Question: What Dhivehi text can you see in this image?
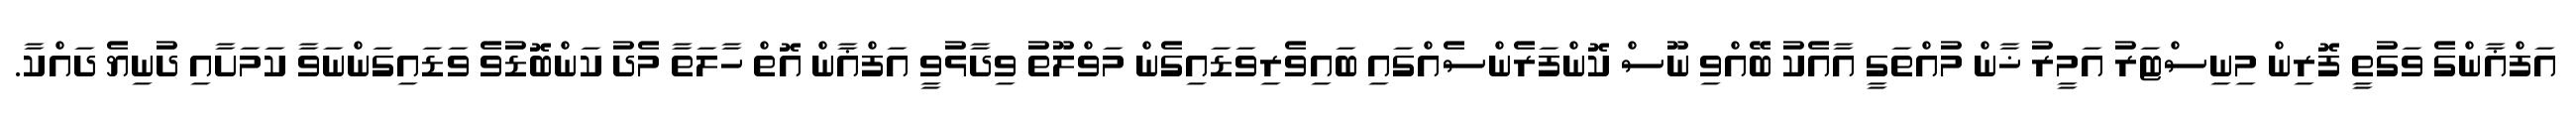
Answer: އަފްޣާންގެ ވަގުތީ ފޮރިން މިނިސްޓަރު އަމީރު ޚާން މުއްތަގީ އާއެކު ބޭއްވި ނޫސް ކޮންފަރެންސެއްގައި ބައިވެރިވަޑައިގެން މަވްލޫތު ވިދާޅުވީ އަފްޣާން އޮތް ހާލަތާ މެދު ކަންބޮޑުވެ ވަޑައިގަންނަވާ ކަމަށާއި ދުނިޔެ ދައްކާ.